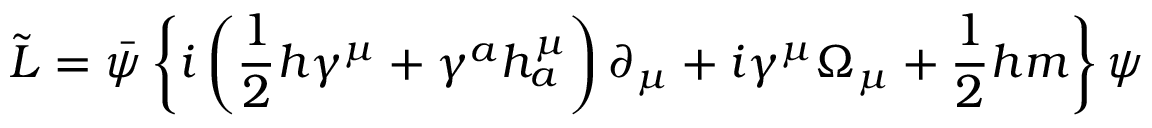
\tilde { L } = \bar { \psi } \left\{ i \left( \frac 1 2 h \gamma ^ { \mu } + \gamma ^ { a } h _ { a } ^ { \mu } \right) \partial _ { \mu } + i \gamma ^ { \mu } \Omega _ { \mu } + \frac 1 2 h m \right\} \psi